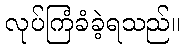
လုပ်ကြံခံခဲ့ရသည်။